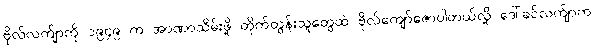
ဗိုလ်လက်ျာကို ၁၉၄၉ က အာဏာသိမ်းဖို့ တိုက်တွန်းသူတွေထဲ ဗိုလ်ကျော်ဇောပါတယ်လို့ ဒေါ်ခင်လက်ျာက